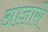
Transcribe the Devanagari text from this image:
आज्ञासे